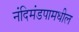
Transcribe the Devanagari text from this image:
नंदिमंडपामधील